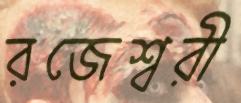
রজেশ্বরী